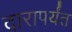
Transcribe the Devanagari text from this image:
दारापर्यंत